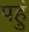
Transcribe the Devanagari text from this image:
पहुं